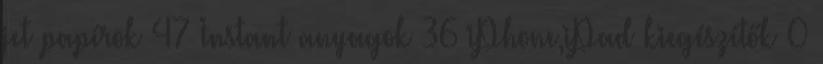
jet papírok 47 Instant anyagok 36 iPhone,iPad kiegészítők 0